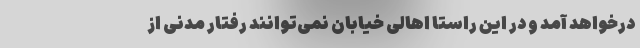
درخواهد آمد و در این راستا اهالی خیابان نمی‌توانند رفتار مدنی از